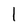
Character: l